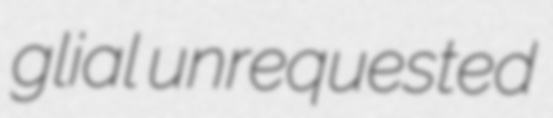
glial unrequested